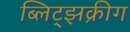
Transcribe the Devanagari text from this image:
ब्लिट्झक्रीग